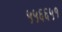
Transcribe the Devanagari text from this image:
५५६६५१